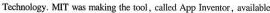
Technology. MIT was making the tool. called App Inventor, availablc